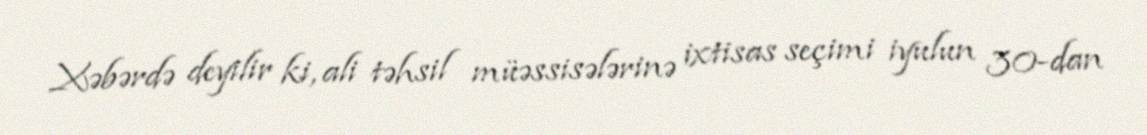
Xəbərdə deyilir ki, ali təhsil müəssisələrinə ixtisas seçimi iyulun 30-dan